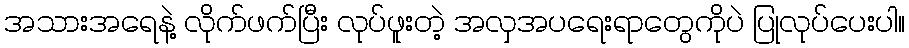
အသားအရေနဲ့ လိုက်ဖက်ပြီး လုပ်ဖူးတဲ့ အလှအပရေးရာတွေကိုပဲ ပြုလုပ်ပေးပါ။